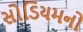
સોડિયમનો